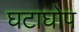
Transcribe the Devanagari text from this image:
घटाघोप